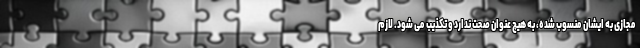
مجازی به ایشان منسوب شده، به هیچ عنوان صحت ندارد و تکذیب می شود. لازم